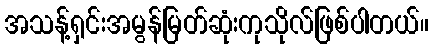
အသန့်ရှင်းအမွန်မြတ်ဆုံးကုသိုလ်ဖြစ်ပါတယ်။